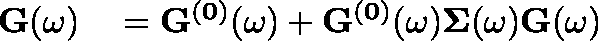
\begin{array} { r l } { \mathbf { G } ( \omega ) } & { { } = \mathbf { G ^ { ( 0 ) } } ( \omega ) + \mathbf { G ^ { ( 0 ) } } ( \omega ) \mathbf { \Sigma } ( \omega ) \mathbf { G } ( \omega ) } \end{array}